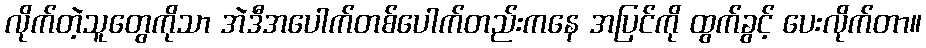
လိုက်တဲ့သူတွေကိုသာ အဲဒီအပေါက်တစ်ပေါက်တည်းကနေ အပြင်ကို ထွက်ခွင့် ပေးလိုက်တာ။